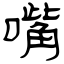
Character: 嘴